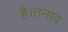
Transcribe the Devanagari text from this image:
है।तनाव